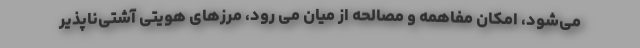
می‌شود، امکان مفاهمه و مصالحه از میان می رود، مرزهای هویتی آشتی‌ناپذیر